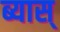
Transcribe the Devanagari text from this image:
ब्यास्